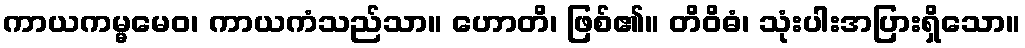
ကာယကမ္မမေဝ၊ ကာယကံသည်သာ။ ဟောတိ၊ ဖြစ်၏။ တိဝိဓံ၊ သုံးပါးအပြားရှိသော။